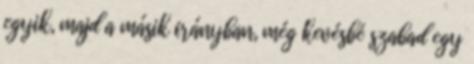
egyik, majd a másik irányban, még kevésbé szabad egy